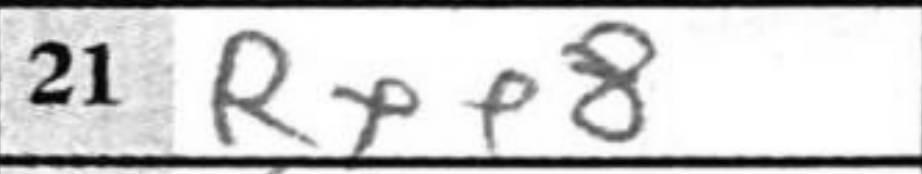
Transcription: Rxe8